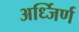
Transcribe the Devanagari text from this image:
अर्ध्जिर्ण